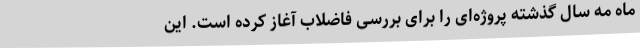
ماه مه سال گذشته پروژه‌ای را برای بررسی فاضلاب آغاز کرده است. این